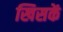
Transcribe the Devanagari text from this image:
खिसकें